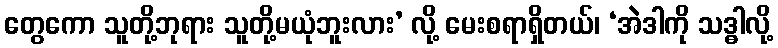
တွေကော သူတို့ဘုရား သူတို့မယုံဘူးလား’ လို့ မေးစရာရှိတယ်၊ ‘အဲဒါကို သဒ္ဓါလို့